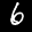
Label: 6